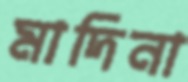
মাদিনা